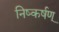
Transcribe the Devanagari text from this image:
निष्कर्षण्